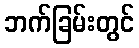
ဘက်ခြမ်းတွင်